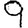
Digit: 9